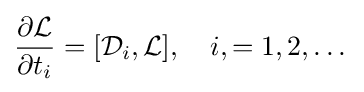
{\frac {\partial {\mathcal {L}}}{\partial t_{i}}}=[{\mathcal {D}}_{i},{\mathcal {L}}],\quad i,=1,2,\dots